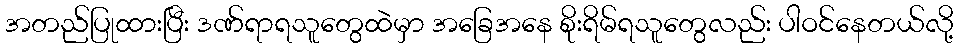
အတည်ပြုထားပြီး ဒဏ်ရာရသူတွေထဲမှာ အခြေအနေ စိုးရိမ်ရသူတွေလည်း ပါဝင်နေတယ်လို့